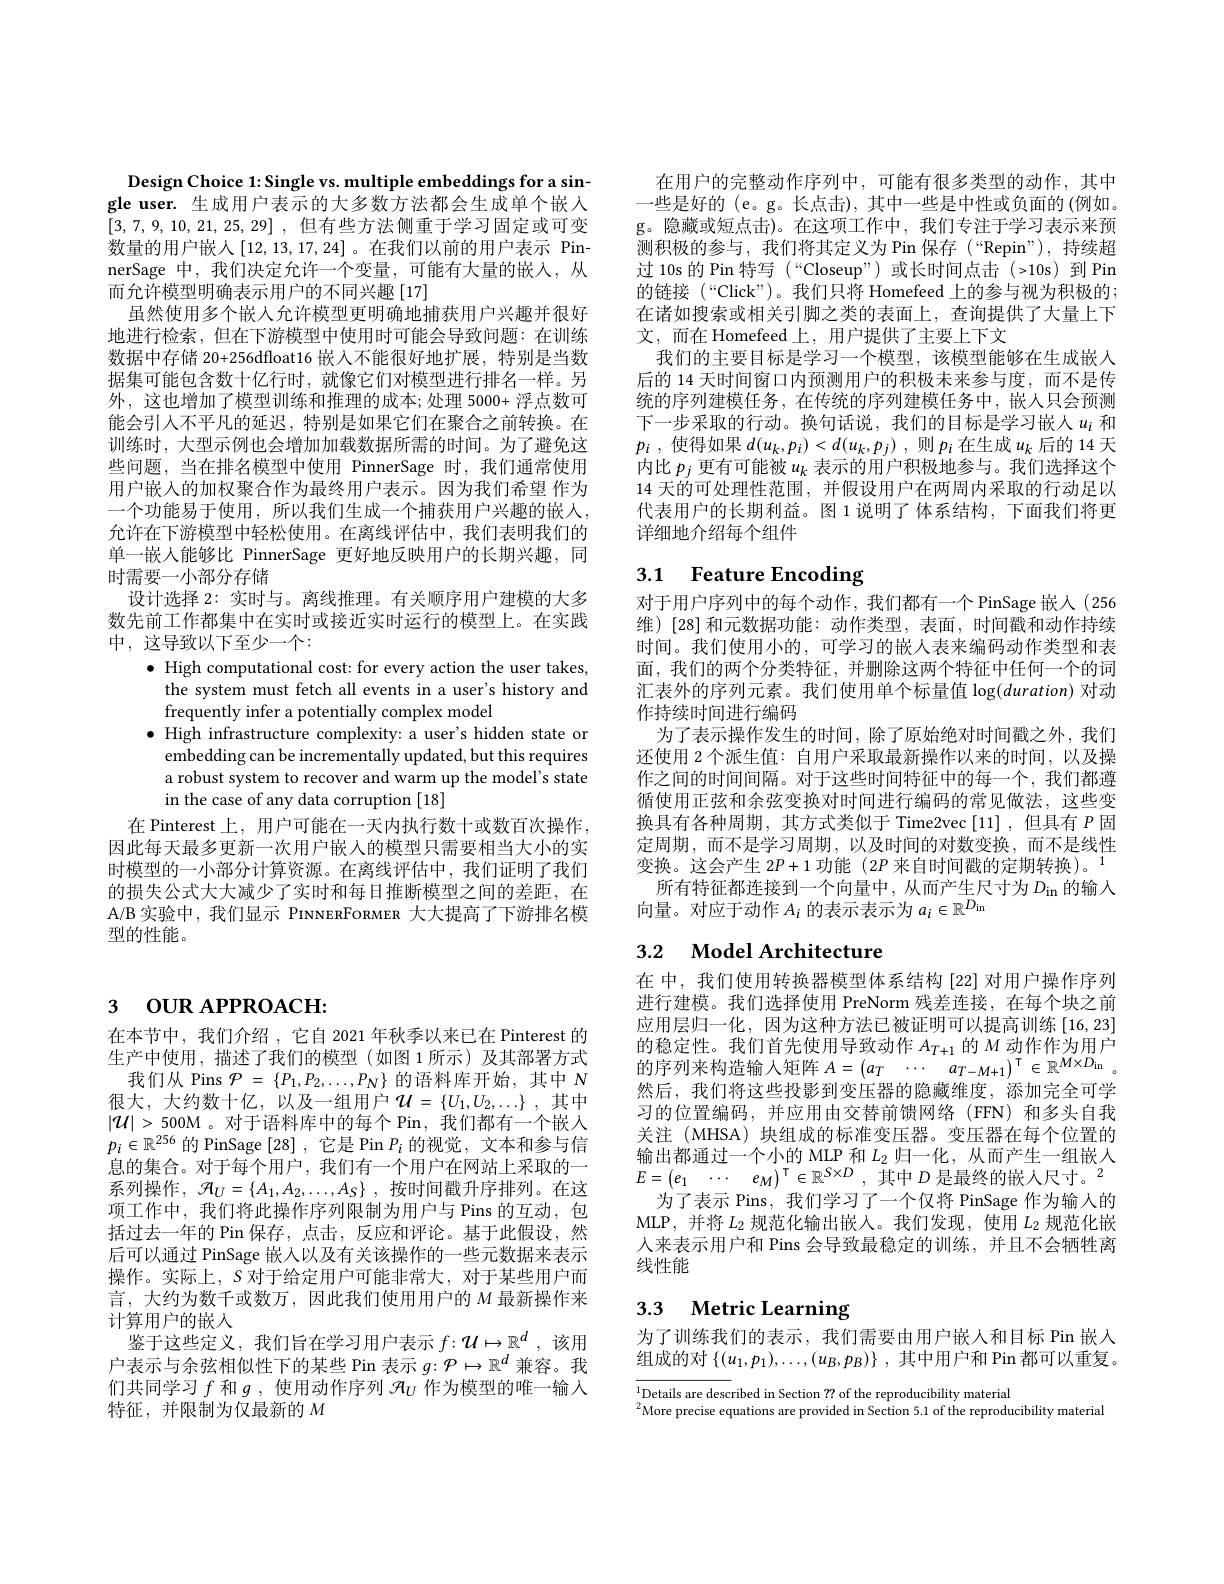
Design Choice 1: Single vs. multiple embeddings for a single user. 生成用户表示的大多数方法都会生成单个嵌入[3,7,9,10,21,25,29] ,但有些方法侧重于学习固定或可变数量的用户嵌人[12,13,17,24]。在我们以前的用户表示 PinnerSage 中，我们决定允许一个变量，可能有大量的嵌入，从而允许模型明确表示用户的不同兴趣[17]
虽然使用多个嵌入允许模型更明确地捕获用户兴趣并很好地进行检索，但在下游模型中使用时可能会导致问题：在训练数据中存储 20+256dfloat16 嵌入不能很好地扩展，特别是当数据集可能包含数十亿行时，就像它们对模型进行排名一样。另外，这也增加了模型训练和推理的成本；处理 5000+ 浮点数可能会引人不平凡的延迟，特别是如果它们在聚合之前转换。在训练时，大型示例也会增加加载数据所需的时间。为了避免这些问题，当在排名模型中使用 PinnerSage 时，我们通常使用用户嵌入的加权聚合作为最终用户表示。因为我们希望 作为一个功能易于使用，所以我们生成一个捕获用户兴趣的嵌人， 允许在下游模型中轻松使用。在离线评估中，我们表明我们的单一嵌人能够比 PinnerSage 更好地反映用户的长期兴趣，同时需要一小部分存储
设计选择 2: 实时与。离线推理。有关顺序用户建模的大多数先前工作都集中在实时或接近实时运行的模型上。在实践中，这导致以下至少一个：
$\bullet$ High computational cost: for every action the user takes,
the system must fetch all events in a user's history and
frequently infer a potentially complex model
$\bullet$ High infrastructure complexity: a user's hidden state or
embedding can be incrementally updated, but this requires a robust system to recover and warm up the model's state in the case of any data corruption [18]
在 Pinterest 上，用户可能在一天内执行数十或数百次操作， 因此每天最多更新一次用户嵌入的模型只需要相当大小的实时模型的一小部分计算资源。在离线评估中，我们证明了我们的损失公式大大减少了实时和每日推断模型之间的差距，在A/B 实验中，我们显示 PINNERFORMER 大大提高了下游排名模型的性能。

# 3 OUR APPROACH:

在本节中，我们介绍，它自 2021 年秋季以来已在 Pinterest 的生产中使用，描述了我们的模型(如图1所示)及其部署方式
我们从 Pins $\mathcal{P}=\{P_1,P_2,\ldots,P_N\}$的语料库开始，其中$N$ 很大，大约数十亿，以及一组用户$\mathcal{U}=\{U_1,U_2,\ldots\}$,其中$|\mathcal{U}|>500$M 。对于语料库中的每个 Pin, 我们都有一个嵌入$p_i\in\mathbb{R}^{256}$的 PinSage [28],它是 Pin $P_i$的视觉，文本和参与信息的集合。对于每个用户，我们有一个用户在网站上采取的一系列操作，$\mathcal{H} _U= \{ A_1, A_2, \ldots , A_S\}$ ,按时间戳升序排列。在这项工作中，我们将此操作序列限制为用户与 Pins 的互动，包括过去一年的 Pin 保存，点击，反应和评论。基于此假设，然后可以通过 PinSage 嵌人以及有关该操作的一些元数据来表示操作。实际上，$S$对于给定用户可能非常大，对于某些用户而言，大约为数千或数万，因此我们使用用户的$M$最新操作来计算用户的嵌入
鉴于这些定义，我们旨在学习用户表示$f{:}\mathcal{U}\mapsto\mathbb{R}^d$,该用户表示与余弦相似性下的某些 Pin 表示$g{:}\mathcal{P}\mapsto\mathbb{R}^d$兼容。我们共同学习$f$和$g$ ,使用动作序列$\mathcal{H}_U$作为模型的唯一输入特征，并限制为仅最新的$M$

在用户的完整动作序列中，可能有很多类型的动作，其中一些是好的 (e。g。长点击), 其中一些是中性或负面的 (例如。g。隐藏或短点击)。在这项工作中，我们专注于学习表示来预测积极的参与，我们将其定义为 Pin 保存(“Repin”), 持续超过 10s 的 Pin 特写 (“Closeup”) 或长时间点击 (>10s)到 到 Pin 的链接(“Click”)。我们只将 Homefeed 上的参与视为积极的； 在诸如搜索或相关引脚之类的表面上，查询提供了大量上下文，而在 Homefeed 上，用户提供了主要上下文
我们的主要目标是学习一个模型，该模型能够在生成嵌入后的 14 天时间窗口内预测用户的积极未来参与度，而不是传统的序列建模任务，在传统的序列建模任务中，嵌人只会预测下一步采取的行动。换句话说，我们的目标是学习嵌人$u_i$和$p_i$ ,使得如果$d(u_k,p_i)<d(u_k,p_j)$ ,则$p_i$在生成$u_k$后的 14 天内比$p_j$更有可能被$u_k$表示的用户积极地参与。我们选择这个14 天的可处理性范围，并假设用户在两周内采取的行动足以代表用户的长期利益。图 1 说明了 体系结构 ,下面我们将更详细地介绍每个组件

# 3.1 Feature Encoding

对于用户序列中的每个动作，我们都有一个 PinSage 嵌人(256维)[28]和元数据功能：动作类型，表面，时间戳和动作持续时间。我们使用小的，可学习的嵌人表来编码动作类型和表面，我们的两个分类特征，并删除这两个特征中任何一个的词汇表外的序列元素。我们使用单个标量值$\log(duration)$ 对动作持续时间进行编码
为了表示操作发生的时间，除了原始绝对时间戳之外，我们还使用 2个派生值：自用户采取最新操作以来的时间，以及操作之间的时间间隔。对于这些时间特征中的每一个，我们都遵循使用正弦和余弦变换对时间进行编码的常见做法，这些变换具有各种周期，其方式类似于 Time2vec[11],但具有$P$固定周期，而不是学习周期，以及时间的对数变换，而不是线性变换。这会产生$2P+1$功能 (2$P$来自时间戳的定期转换)。$^{1}$
所有特征都连接到一个向量中，从而产生尺寸为$D_\mathrm{in}$ 的输入
向量。对应于动作$A_i$的表示表示为$a_i\in\mathbb{R}^D_\mathrm{in}$

# 3.2 $\textbf{Model Architecture}$

在中，我们使用转换器模型体系结构[22]对用户操作序列进行建模。我们选择使用 PreNorm 残差连接，在每个块之前应用层归一化，因为这种方法已被证明可以提高训练[16,23] 的 稳 定 性 。我 们 首 先 使 用 导 致 动 作 $A_{T+ 1}$ 的 $M$ 动 作 作 为 用 户 的 序 列 来 构 造 输 入 矩 阵 $A= \left ( a_{T}\:\cdots \:a_{T- M+ 1}\right ) ^{\mathsf{T} }\in \mathbb{R} ^{M\times D_{\mathrm{in}}}$。处 厂 , 也 们 必 注 此 如 影 列 成 下 职 的 陷 黄 雄 市 $\forall \exists x\to 0\Rightarrow 0.$ 然后，我们将这些投影到变压器的隐藏维度，添加完全可学习的位置编码，并应用由交替前馈网络(FFN)和多头自我关注 (MHSA) 块组成的标准变压器。变压器在每个位置的$\begin{aligned}&\text{输出都通过一个小的 MLP 和 }L_{2}\text{ 归一化，从而产生一组嵌入}\\&E=\begin{pmatrix}e_1&\cdots&e_M\end{pmatrix}^{\mathrm{T}}\in\mathbb{R}^{S\times D}\:,\:\text{其中 }D\text{ 是最终的嵌人尺寸。}^{2}\end{aligned}$
为了表示 Pins, 我们学习了一个仅将 PinSage 作为输人的MLP,并将$L_2$规范化输出嵌入。我们发现，使用$L_2$规范化嵌人来表示用户和 Pins 会导致最稳定的训练，并且不会牺牲离线性能

# 3.3 Metric Learning

为了训练我们的表示，我们需要由用户嵌人和目标 Pin 嵌入组成的对$\{(u_1,p_1),\ldots,(u_B,p_B)\}$,其中用户和 Pin 都可以重复。

$_{\gamma}^{1}$Details are described in Section ?? of the reproducibility material
$^2$More precise equations are provided in Section 5.1 of the reproducibility material